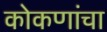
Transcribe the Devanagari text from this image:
कोकणांचा